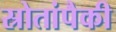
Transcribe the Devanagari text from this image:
स्रोतांपैकी